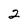
Character: 2